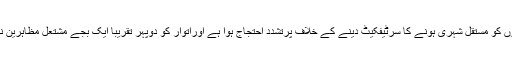
واضح رہےکہ گزشتہ روز اروناچل پردیش میں ریاست کے باہر کی چھ برادریوں کو مستقل شہری ہونے کا سرٹیفکیٹ دینے کے خلاف پرتشدد احتجاج ہوا ہے اوراتوار کو دوپہر تقریبا ایک بجے مشتعل مظاہرین نے نائب وزیر اعلیٰ چونے مین کے بنگلے پر دھاوا بول دیا اور وہاں آگ لگا دی۔